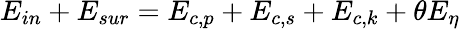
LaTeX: {{E}_{in}}+{{E}_{sur}}={{E}_{c,p}}+{{E}_{c,s}}+{{E}_{c,k}}+\theta{{E}_{\eta}}